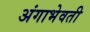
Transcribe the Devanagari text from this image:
अंगाभेवती